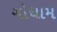
ગોધામ